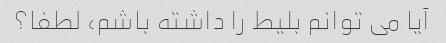
آیا می توانم بلیط را داشته باشم، لطفا؟